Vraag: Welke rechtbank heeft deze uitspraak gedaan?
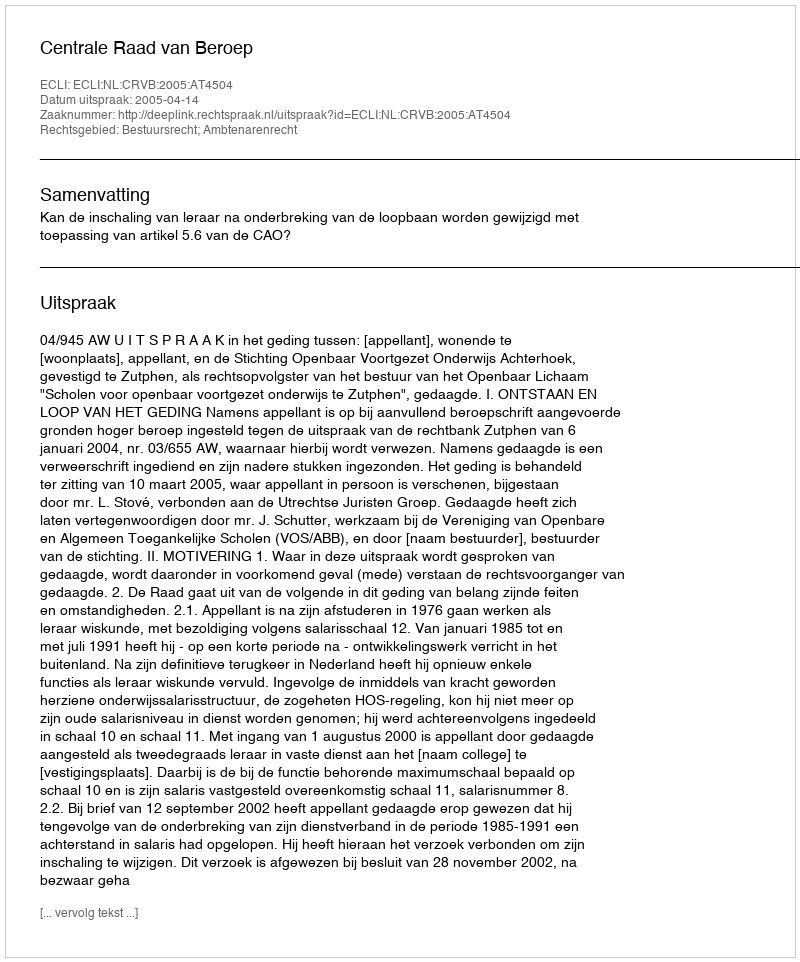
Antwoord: Centrale Raad van Beroep